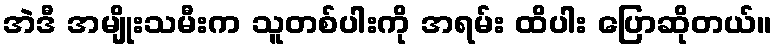
အဲဒီ အမျိုးသမီးက သူတစ်ပါးကို အရမ်း ထိပါး ပြောဆိုတယ်။